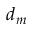
d _ { m }